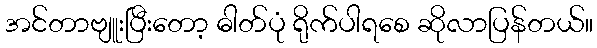
အင်တာဗျူးပြီးတော့ ဓါတ်ပုံ ရိုက်ပါရစေ ဆိုလာပြန်တယ်။